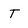
Character: T